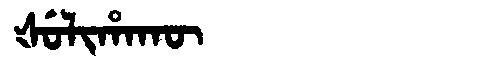
Manchu: ᡧᡠᠯᡳᡥᠠᡴᡡ
Romanization: ŠULIHAKŪ